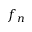
f _ { n }